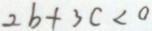
2 b + 3 c < 0